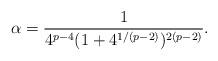
LaTeX: \begin{align*}\alpha=\frac{1}{4^{p-4}(1+4^{1/(p-2)})^{2(p-2)}}. \end{align*}